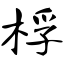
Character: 桴